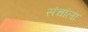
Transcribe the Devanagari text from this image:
संचांला